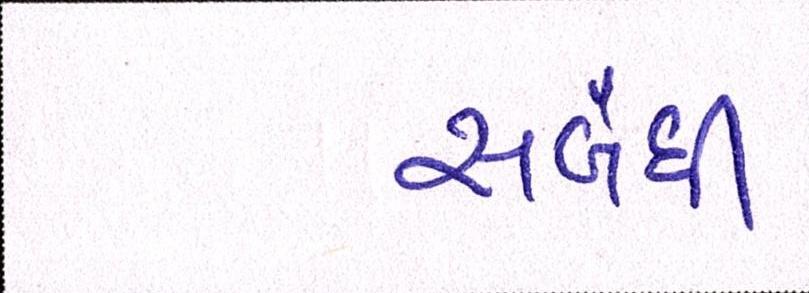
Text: સબંધી